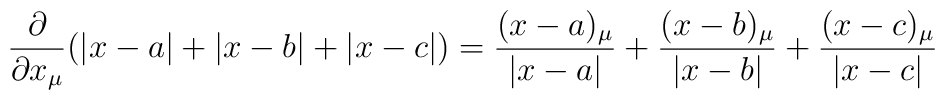
\frac{\partial}{\partial x_\mu}(\left|x-a\right|+\left|x-b\right|+\left|	x-c\right|)=\frac{(x-a)_\mu}{\left|x-a\right|}+\frac{(x-b)_\mu}{\left|x	-b\right|}+\frac{(x-c)_\mu}{\left|x-c\right|}